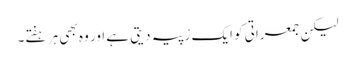
لیکن جمعراتی کو ایک رْپیہ دیتی ہے اور وہ بھی ہر ہفتے۔